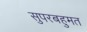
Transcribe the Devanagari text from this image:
सुपरबहुमत